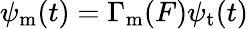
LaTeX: \psi_{\mathrm{m}}(t)=\Gamma_{\mathrm{m}}(F)\psi_{\mathrm{t}}(t)